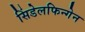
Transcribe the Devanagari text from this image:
सिंडेलफिन्गेन